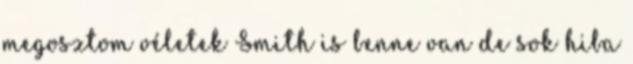
megosztom véletek Smith is benne van de sok hiba